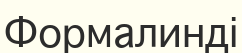
Формалинді